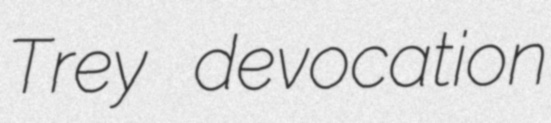
Trey devocation